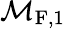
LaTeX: \mathcal{M}_{\mathrm{F},1}